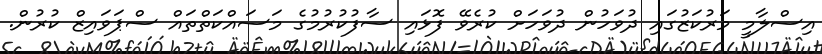
އިސްލާމީ މަރުކަޒުގައި ދުވަހުން ދުވަހަށް ކުރެވޭ ފޮޅައި ސާފުކުރުމުގެ މަސައްކަތްތައް ސްޕަވައިޒް ކުރުން.